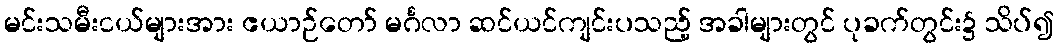
မင်းသမီးငယ်များအား ဧယာဉ်တော် မင်္ဂလာ ဆင်ယင်ကျင်းပသည့် အခါများတွင် ပုခက်တွင်း၌ သိပ်၍